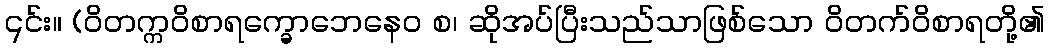
၎င်း။ (ဝိတက္ကဝိစာရက္ခောဘေနေဝ စ၊ ဆိုအပ်ပြီးသည်သာဖြစ်သော ဝိတက်ဝိစာရတို့၏